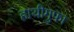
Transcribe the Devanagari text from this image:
हाथीगुफा